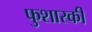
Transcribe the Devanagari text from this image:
फुशारकी